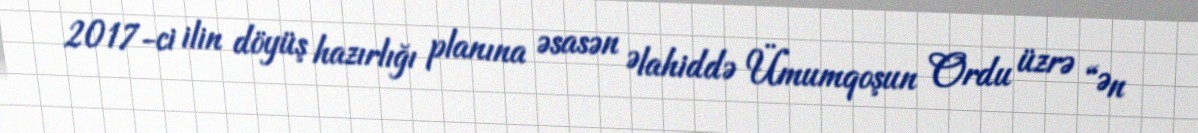
2017-ci ilin döyüş hazırlığı planına əsasən Əlahiddə Ümumqoşun Ordu üzrə “Ən